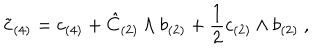
\tilde { c } _ { ( 4 ) } = c _ { ( 4 ) } + \hat { C } _ { ( 2 ) } \wedge b _ { ( 2 ) } + \frac { 1 } { 2 } c _ { ( 2 ) } \wedge b _ { ( 2 ) } \ ,